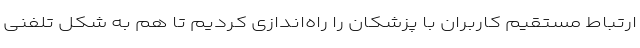
ارتباط مستقیم کاربران با پزشکان را راه‌اندازی کردیم تا هم به شکل تلفنی